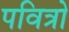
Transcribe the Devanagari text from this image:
पवित्रो